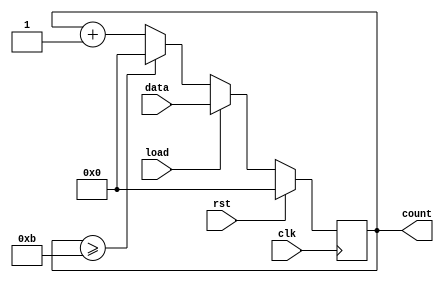
module counter (
    rst , clk , data, load,count
);
input rst, clk,load;
input [3:0] data;
output reg [3:0] count;

always @(posedge clk) begin
    if(rst) count <= 4'b0000;
    else if (load) count <= data;
    else count<= (count >=11) ? 4'b0000 : count+1'b1;
end

endmodule